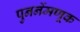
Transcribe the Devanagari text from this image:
पुनर्नेमणूक